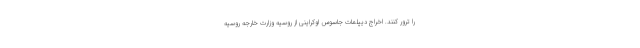
را ترور کنند. اخراج دیپلمات جاسوسِ اوکراینی از روسیه وزارت خارجه روسیه